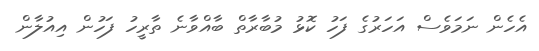
އެހެން ނަމަވެސް އަހަރުގެ ފަހު ކޮޅު މުބާރާތް ބާއްވާނެ ތާރީހު ފަހުން އިއުލާން